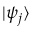
| \psi _ { j } \rangle